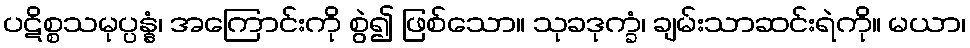
ပဋိစ္စသမုပ္ပန္နံ၊ အကြောင်းကို စွဲ၍ ဖြစ်သော။ သုခဒုက္ခံ၊ ချမ်းသာဆင်းရဲကို။ မယာ၊